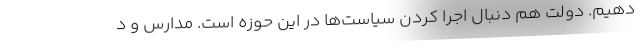
دهیم. دولت هم دنبال اجرا کردن سیاست‌ها در این حوزه است. مدارس و د